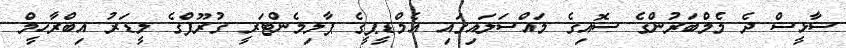
ސާޅީސް ދެ މެމްބަރުންގެ ސޮއިގެ މައްސަލައިގައި އެމްޑީޕީގެ ޕާލިމެންޓަރީ ގުރޫފްގެ ލީޑަރު އިބްރާހީމް